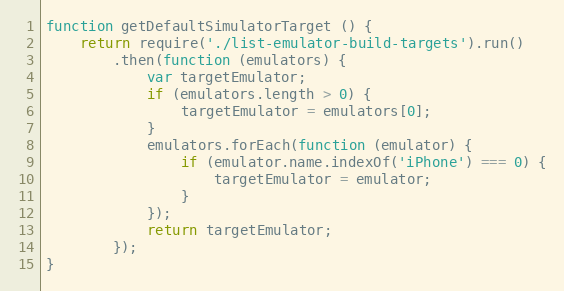
Language: JavaScript
function getDefaultSimulatorTarget () {
    return require('./list-emulator-build-targets').run()
        .then(function (emulators) {
            var targetEmulator;
            if (emulators.length > 0) {
                targetEmulator = emulators[0];
            }
            emulators.forEach(function (emulator) {
                if (emulator.name.indexOf('iPhone') === 0) {
                    targetEmulator = emulator;
                }
            });
            return targetEmulator;
        });
}